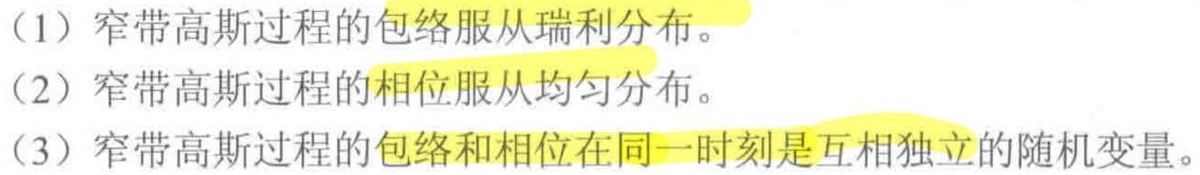
（1）窄带高斯过程的包络服从瑞利分布。
（2）窄带高斯过程的相位服从均匀分布。
（3）窄带高斯过程的包络和相位在同一时刻是互相独立的随机变量。